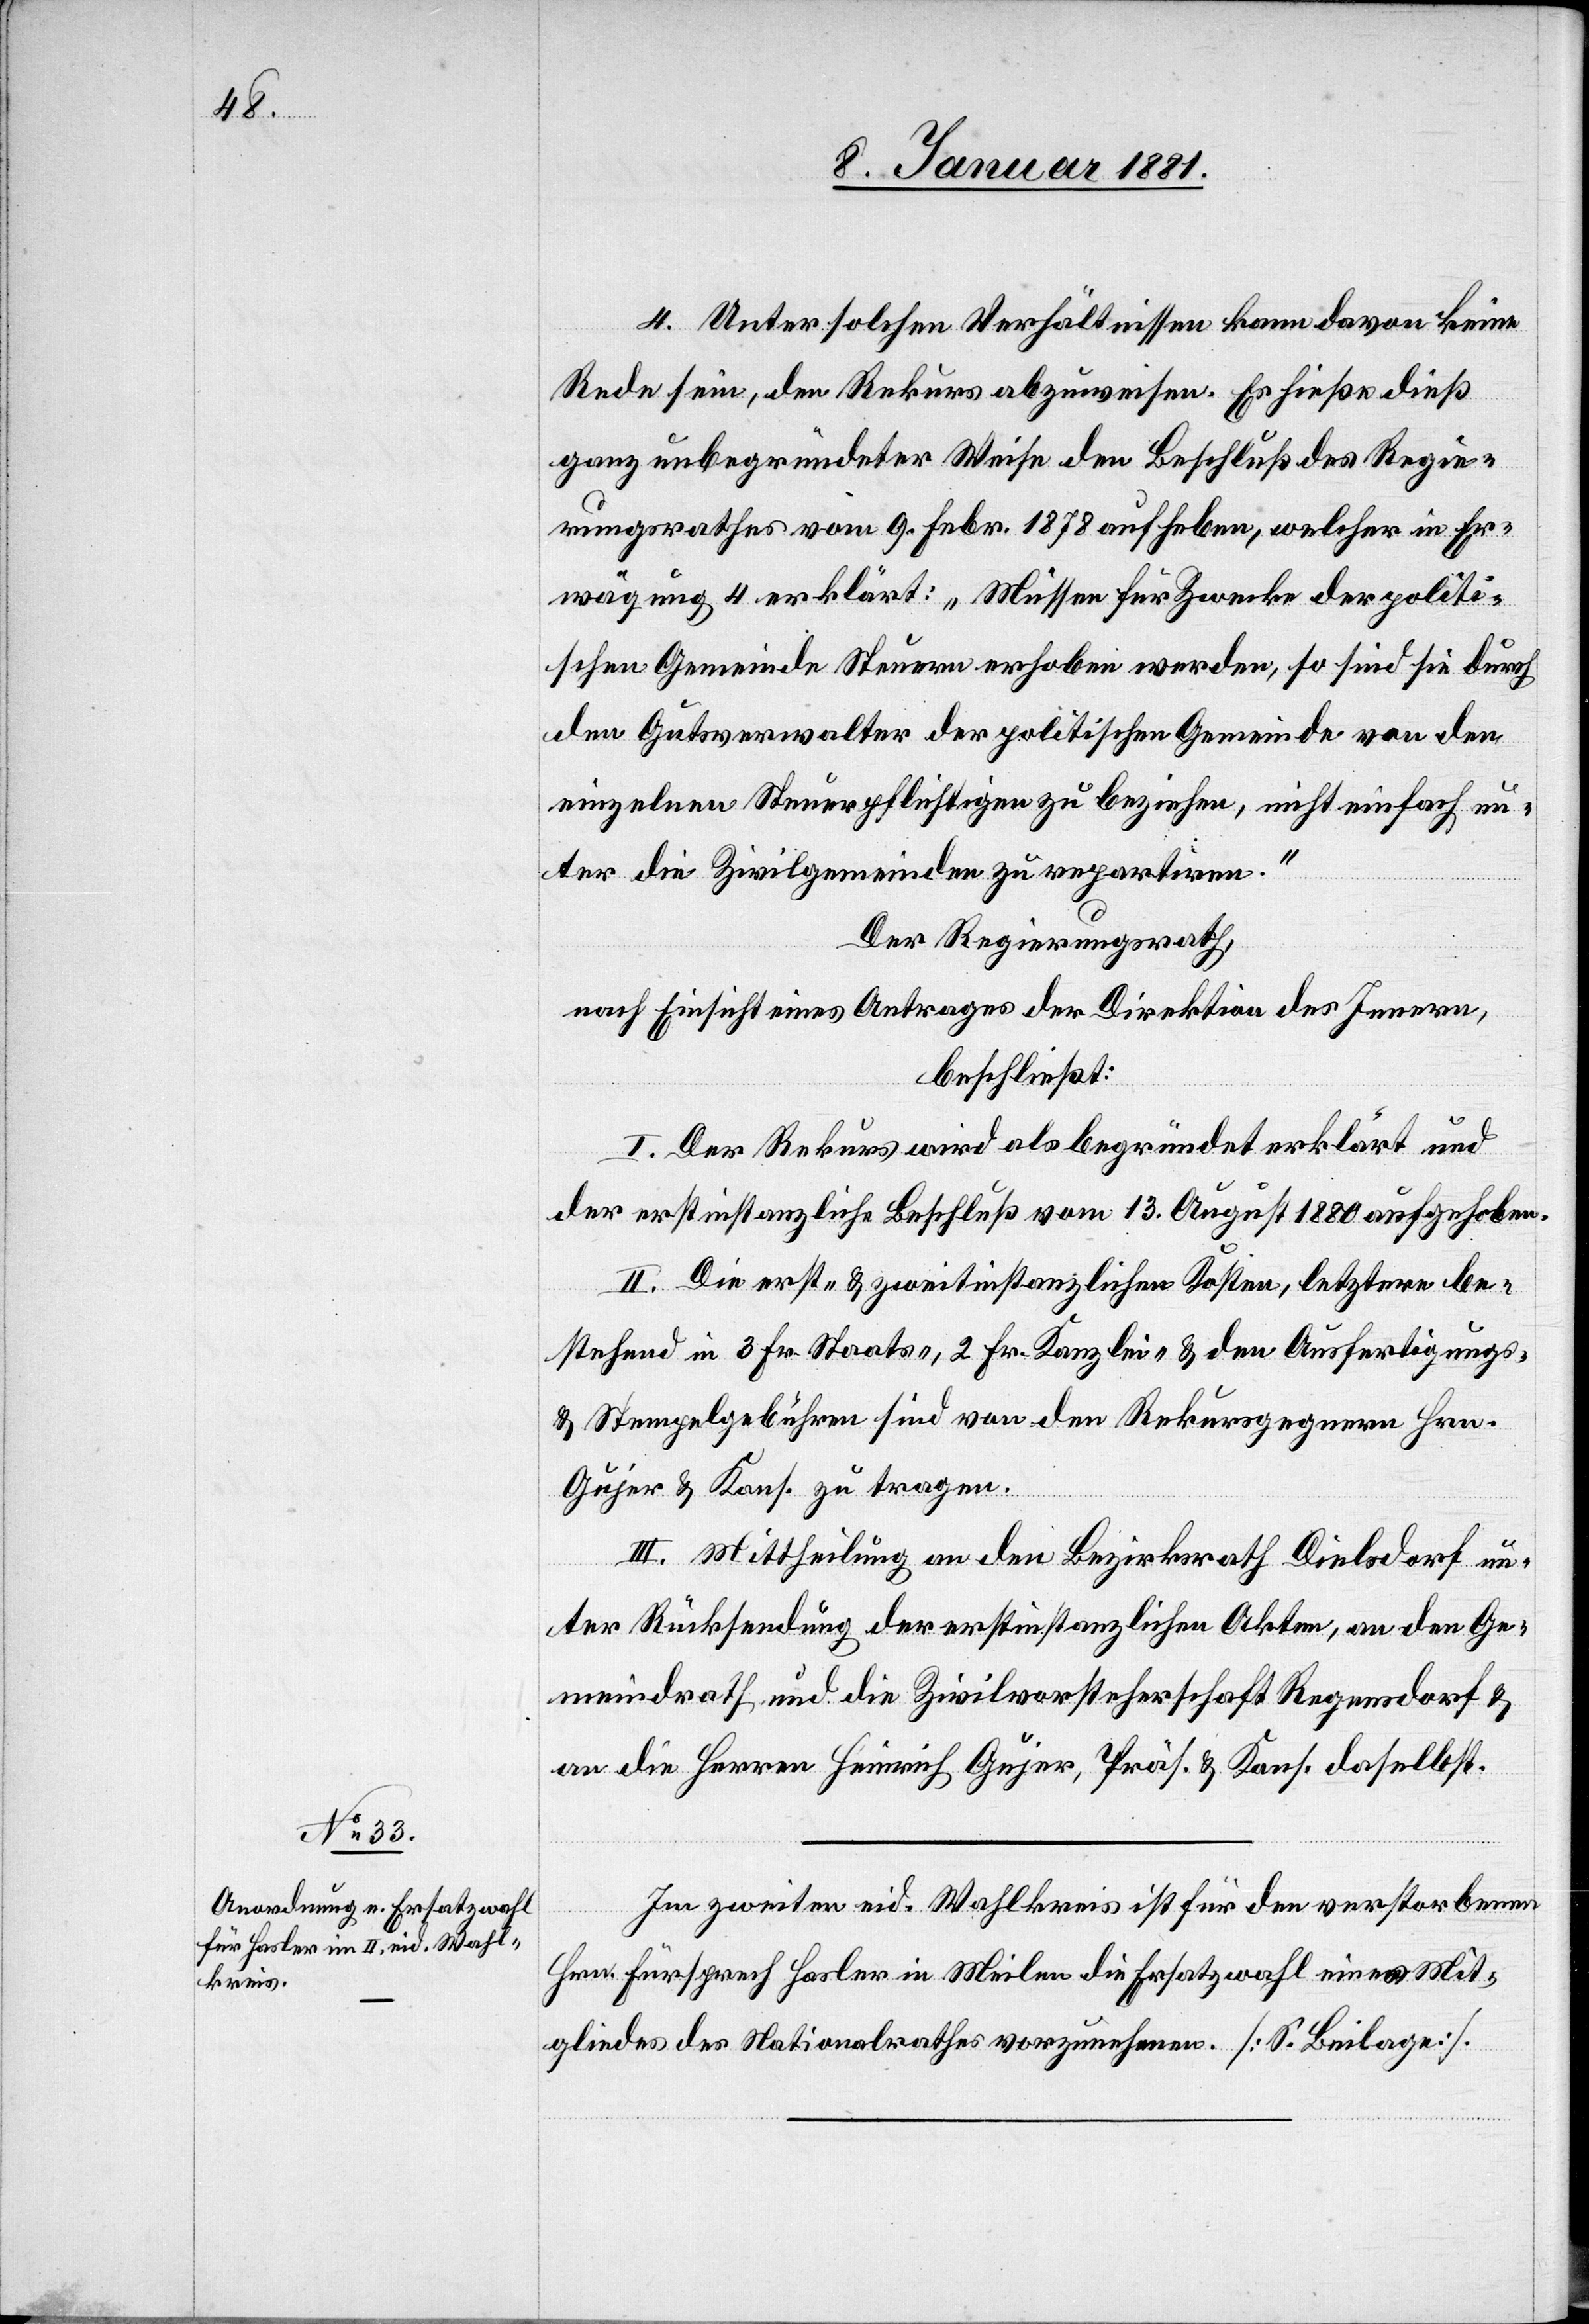
4. Unter solchen Verhältnissen kann davon keine
Rede sein, den Rekurs abzuweisen. Es hieße dieß
ganz unbegründeter Weise den Beschluß des Regie¬
rungsrathes vom 9. Febr. 1878 aufheben, welcher in Er¬
wägung 4 erklärt: „Müssen für Zwecke der politi¬
schen Gemeinde Steuern erhoben werden, so sind sie durch
den Gutsverwalter der politischen Gemeinden von den
einzelnen Steuerpflichtigen zu beziehen, nicht einfach un¬
ter die Zivilgemeinden zu repartiren.“
Der Regierungsrath,
nach Einsicht eines Antrages der Direktion des Innern,
beschließt:
I. Der Rekurs wird als begründet erklärt und
der erstinstanzliche Beschluß vom 13. August 1880 aufgehoben.
II. Die erst- & zweitinstanzlichen Kosten, letztere be¬
stehend in 3 Fr. Staats-, 2 Fr. Kanzlei- & den Ausfertigungs-
& Stempelgebühren sind von den Rekursgegnern Hrn.
Gujer & Kons. zu tragen.
III. Mittheilung an den Bezirksrath Dielsdorf un¬
ter Rücksendung der erstinstanzlichen Akten, an den Ge¬
meindrath und die Zivilvorsteherschaft Regensdorf &
an die Herren Heinrich Gujer, Präs. & Kons. daselbst.
Im zweiten eid. Wahlkreis ist für den verstorbenen
Hrn. Fürsprech Hasler in Meilen die Ersatzwahl eines Mit¬
gliedes des Nationalrathes vorzunehmen. [S. Beilage].